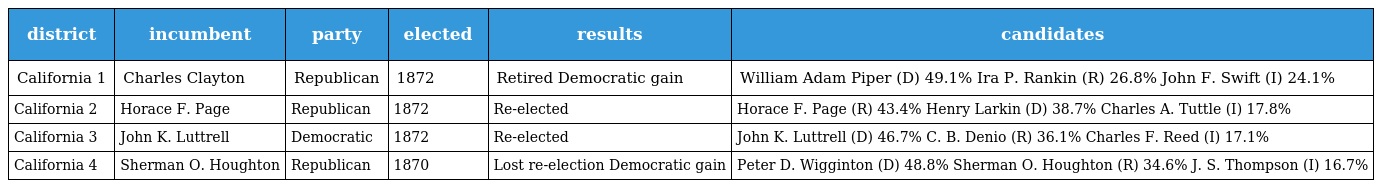
| district | incumbent | party | elected | results | candidates |
 | --- | --- | --- | --- | --- | --- |
 | California 1 | Charles Clayton | Republican | 1872 | Retired Democratic gain | William Adam Piper (D) 49.1% Ira P. Rankin (R) 26.8% John F. Swift (I) 24.1% |
 | California 2 | Horace F. Page | Republican | 1872 | Re-elected | Horace F. Page (R) 43.4% Henry Larkin (D) 38.7% Charles A. Tuttle (I) 17.8% |
 | California 3 | John K. Luttrell | Democratic | 1872 | Re-elected | John K. Luttrell (D) 46.7% C. B. Denio (R) 36.1% Charles F. Reed (I) 17.1% |
 | California 4 | Sherman O. Houghton | Republican | 1870 | Lost re-election Democratic gain | Peter D. Wigginton (D) 48.8% Sherman O. Houghton (R) 34.6% J. S. Thompson (I) 16.7% |